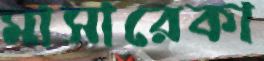
মাসারেকা